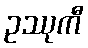
ဥဿုကီ